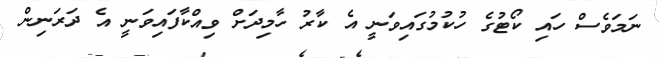
ނަމަވެސް ހައި ކޯޓުގެ ހުކުމުގައިވަނީ އެ ކާރު ހާމިދަށް ވިއްކާފައިވަނީ އެ ދަރަނިން